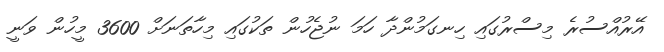
އޭރުއްސުރެ މިސްރުގައި ހިނގަމުންދާ ހަމަ ނުޖެހުން ތަކުގައި މިހާތަނަށް 3600 މީހުން ވަނީ